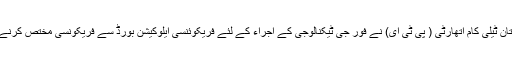
10 مئی2018ء) پاکستان ٹیلی کام اتھارٹی ( پی ٹی ای) نے فور جی ٹیکنالوجی کے اجراء کے لئے فریکوئنسی ایلوکیشن بورڈ سے فریکونسی مختص کرنے کی درخواست کر دی۔